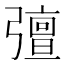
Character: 𭛈